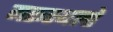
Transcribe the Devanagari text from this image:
मरूस्थलो